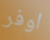
اوفر